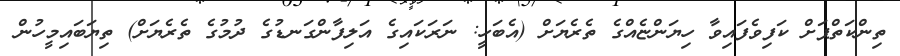
ތިންކަތްޕަށް ކަފިވެފައިވާ ހިޔަންޏެއްގެ ތެރެޔަށް (އެބަހީ: ނަރަކައިގެ އަލިފާންގަނޑުގެ ދުމުގެ ތެރެޔަށް) ތިޔަބައިމީހުން